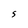
Character: S